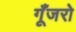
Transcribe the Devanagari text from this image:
गूँजरो